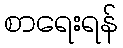
စာရေးရန်